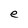
Character: e